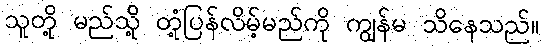
သူတို့ မည်သို့ တုံ့ပြန်လိမ့်မည်ကို ကျွန်မ သိနေသည်။